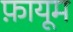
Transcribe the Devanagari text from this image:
फ़ायूम